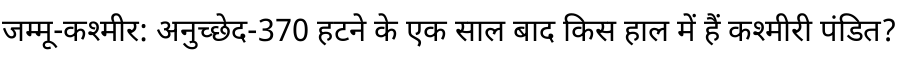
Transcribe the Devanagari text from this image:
जम्मू-कश्मीर: अनुच्छेद-370 हटने के एक साल बाद किस हाल में हैं कश्मीरी पंडित?